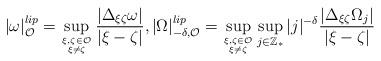
LaTeX: \begin{align*}|\omega|_{\mathcal{O}}^{lip}=\sup_{\xi,\zeta\in \mathcal{O}\atop{\xi\neq\zeta}}\frac{|\Delta_{\xi\zeta}\omega|}{|\xi-\zeta|},|\Omega|_{-\delta,\mathcal{O}}^{lip}=\sup_{\xi,\zeta\in\mathcal{O}\atop{\xi\neq\zeta}}\sup_{j\in\mathbb{Z}_*}|j|^{-\delta}\frac{|\Delta_{\xi\zeta}\Omega_j|}{|\xi-\zeta|}\end{align*}